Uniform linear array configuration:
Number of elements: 12
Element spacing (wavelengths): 1
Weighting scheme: blackman
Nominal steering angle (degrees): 0
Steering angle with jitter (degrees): -0.08975
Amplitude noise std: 0.05
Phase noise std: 0.05

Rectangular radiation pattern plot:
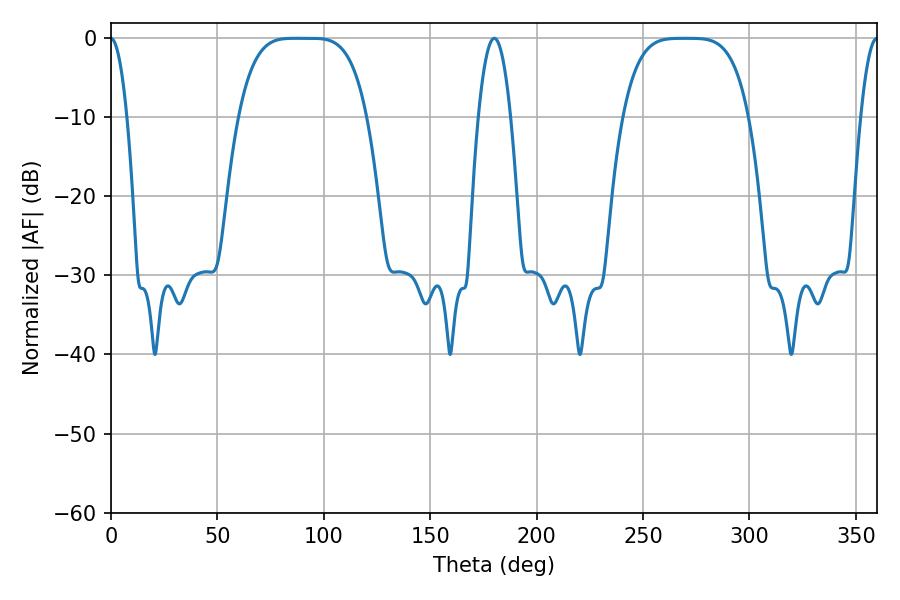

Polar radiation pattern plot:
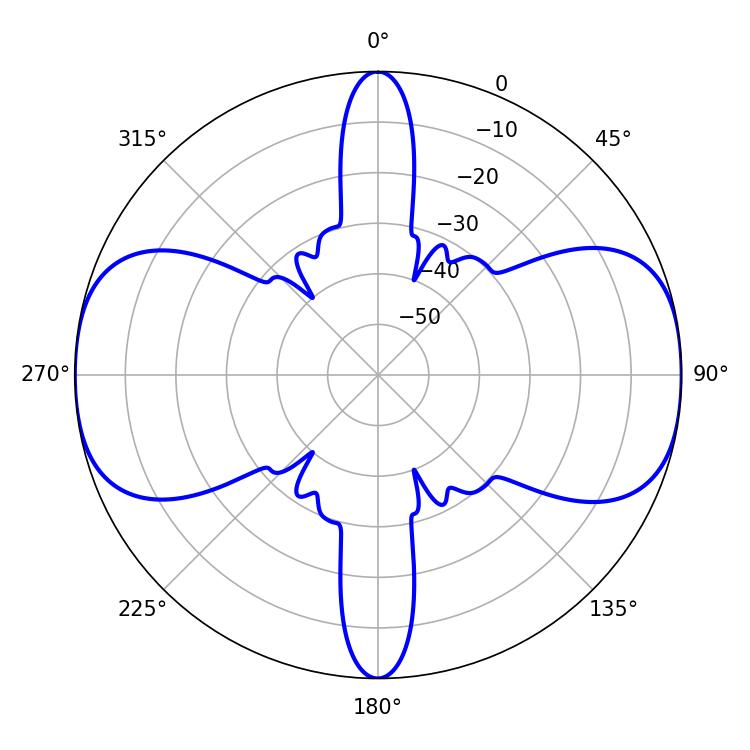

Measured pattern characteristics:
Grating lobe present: TRUE
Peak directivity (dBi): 19.629
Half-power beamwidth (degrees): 45
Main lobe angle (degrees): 86.58